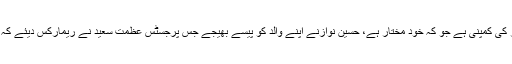
خواجہ حارث نے کہا کہ ہل میٹل حسین نواز کی کمپنی ہے جو کہ خود مختار ہے، حسین نوازنے اپنے والد کو پیسے بھیجے جس پرجسٹس عظمت سعید نے ریمارکس دیئے کہ ساری چیزیں ہیں آنکھیں بند نہیں کریں گے۔